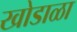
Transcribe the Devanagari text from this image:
खोडाळा